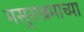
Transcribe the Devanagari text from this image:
मसुराश्रमाच्या